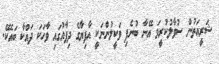
ޝަރީއަތުން ސުވާލުކުރީމަ އޭނާ ބުނެފި ވަކީލުންނަކީ އާފިޔާގެ ދިފާއުގައި ވާހަކަ ދައްކާ ބައެކޭ.